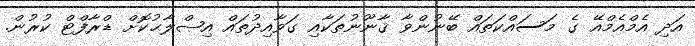
އަދި އެމްއެމްއޭ ގެ މަސައްކަތައް ބޭނުންވާ ޤާނޫނުތަކާއި ގަވާއިދުތައް އިޞްލާޙުކޮށް ޑްރާފްޓް ކުރުން.